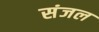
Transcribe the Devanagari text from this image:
संजल